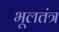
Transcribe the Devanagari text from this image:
भूलतंत्र